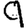
Digit: 9